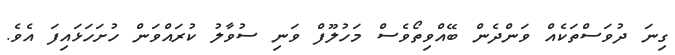
ގިނަ ދުވަސްތަކެއް ވަންދެން ބޭއްވިތޯވެސް މަހުލޫފް ވަނި ސުވާލު ކުރައްވަން ހުށަަހަޅައިފަ އެވެ.